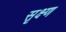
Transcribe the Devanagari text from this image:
सृक्ष्‍ण